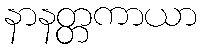
နာနတ္တကာယာ